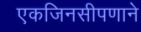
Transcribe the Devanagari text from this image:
एकजिनसीपणाने